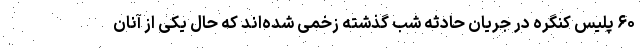
۶۰ پلیس کنگره در جریان حادثه شب گذشته زخمی شده‌اند که حال یکی از آنان